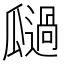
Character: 𭺚